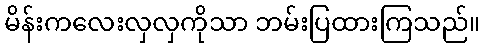
မိန်းကလေးလှလှကိုသာ ဘမ်းပြထားကြသည်။